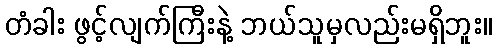
တံခါး ဖွင့်လျက်ကြီးနဲ့ ဘယ်သူမှလည်းမရှိဘူး။